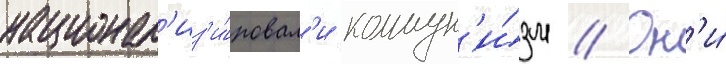
национал'из'и́ровал'и коммун'и́зм // Он'и́